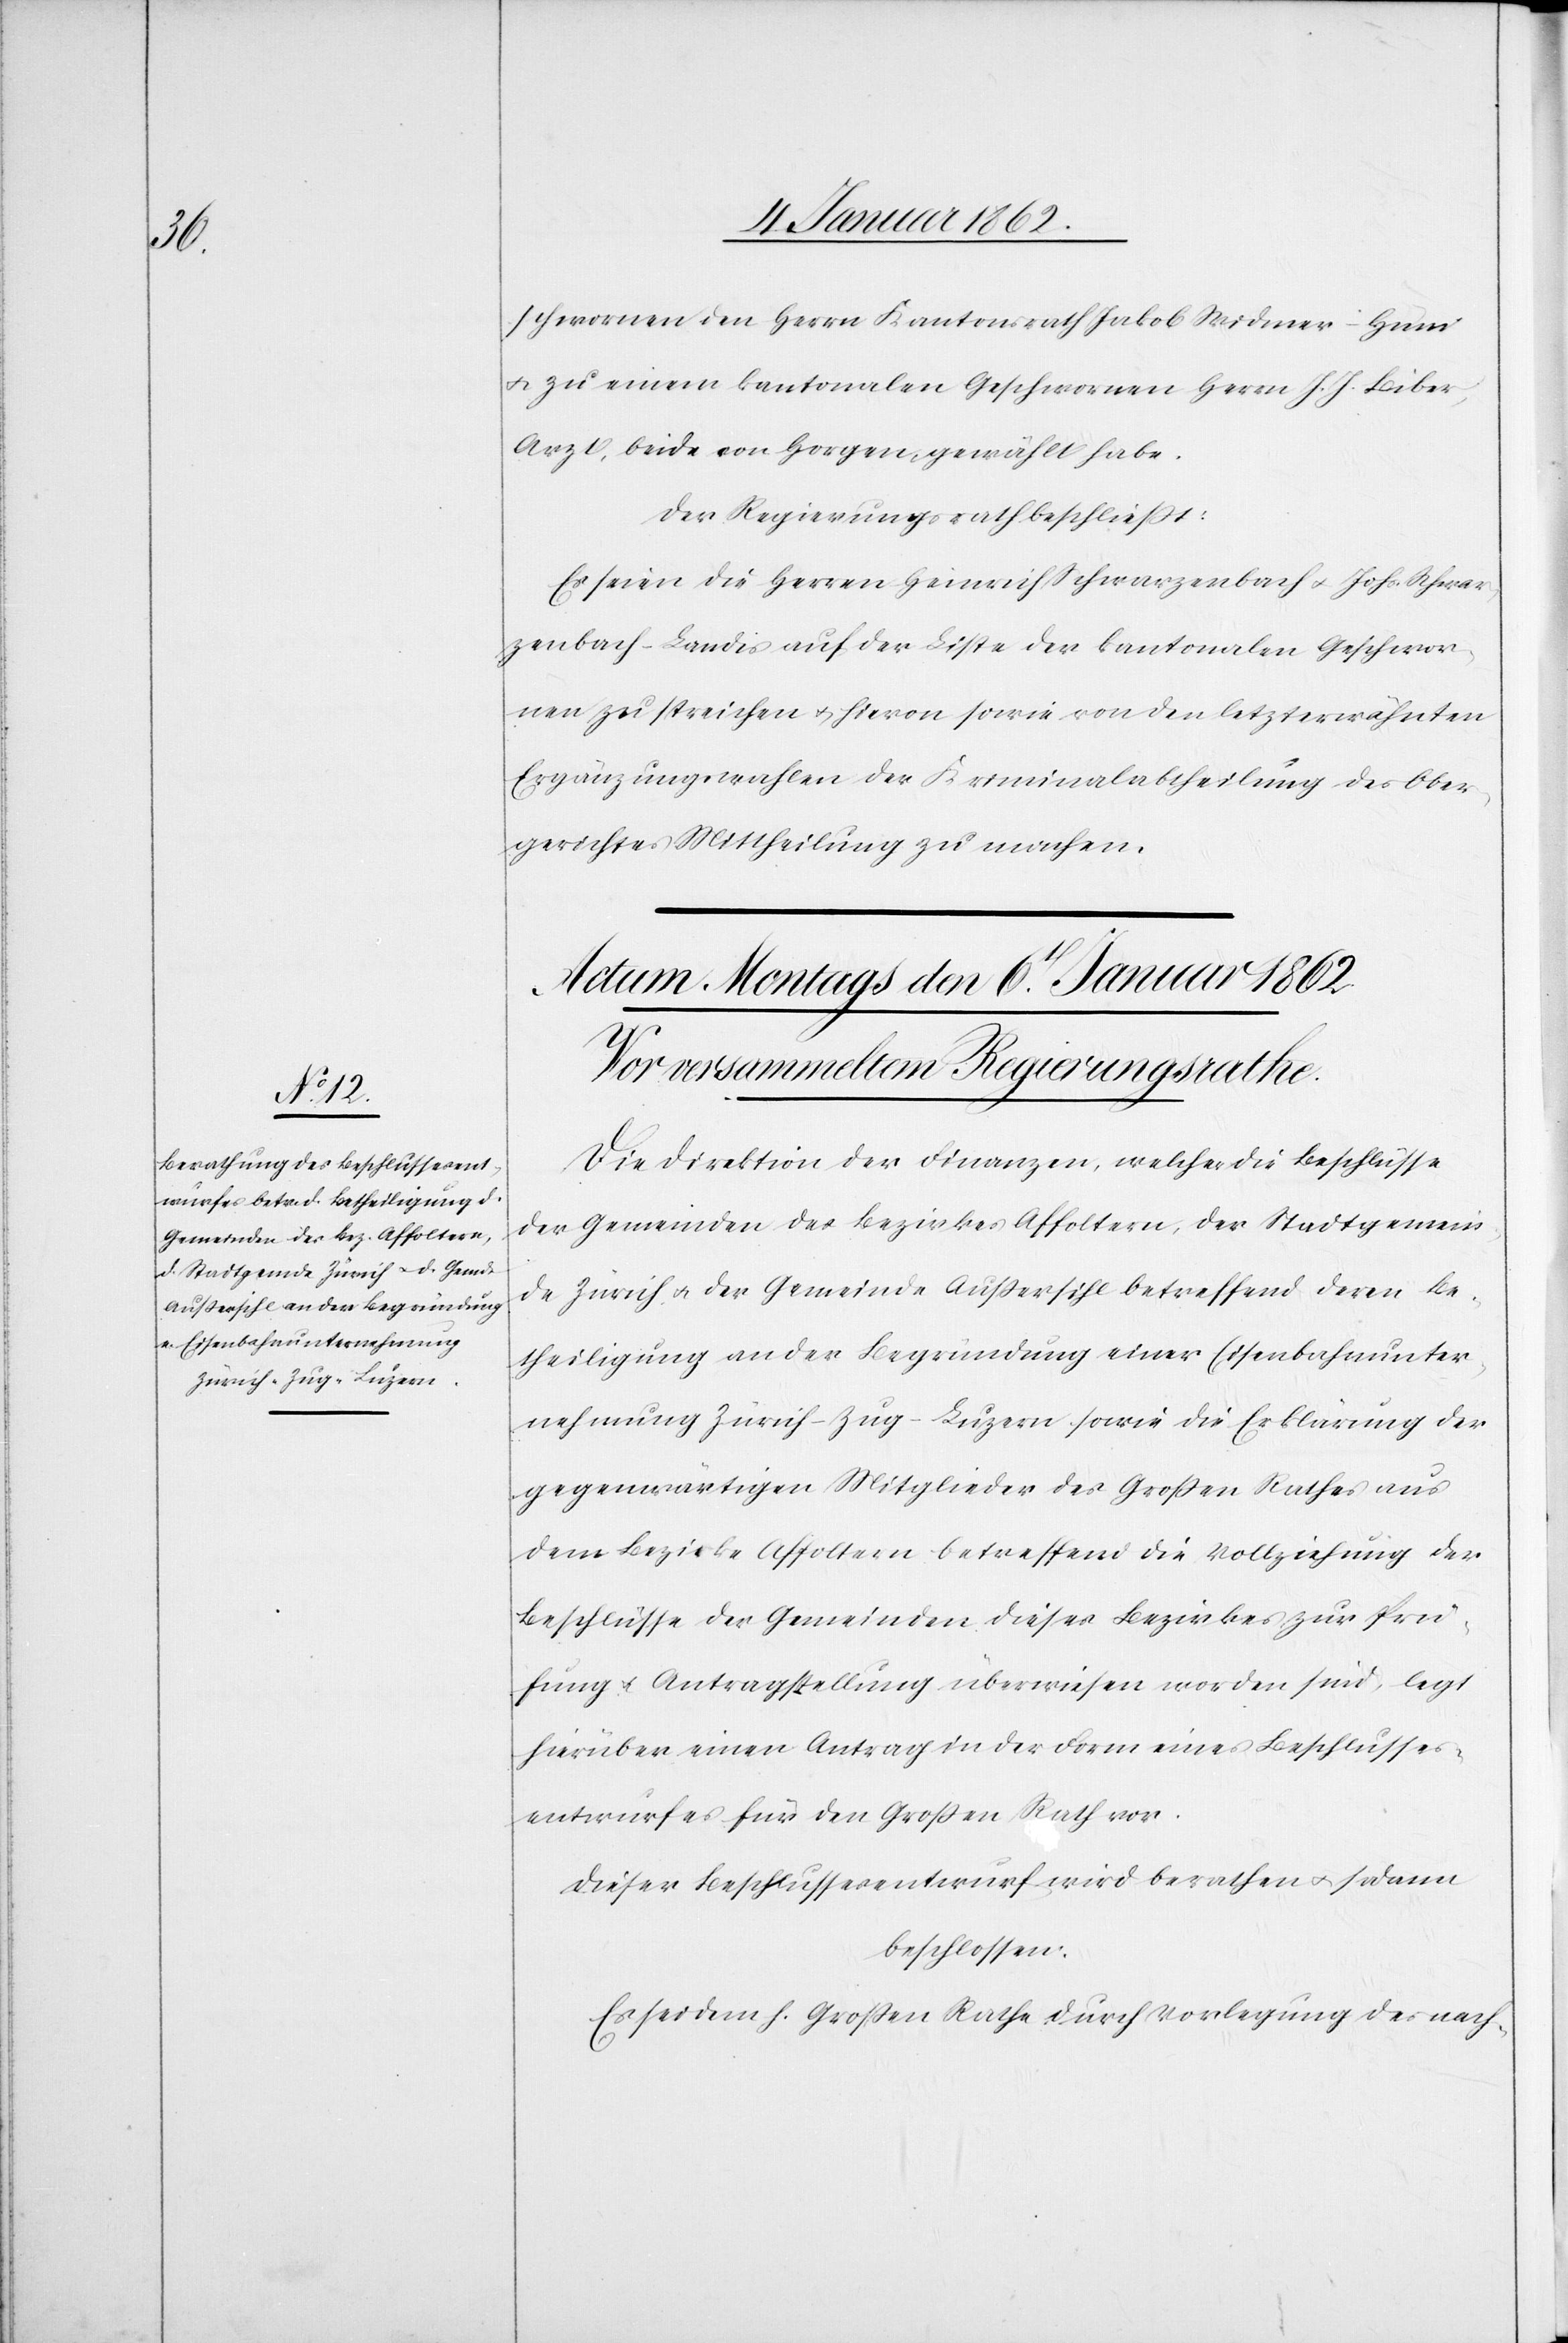
schwornen Herrn Kantonsrath Jakob Widmer-Hum
u. zu einem kantonalen Geschwornen Herrn J. J. Biber,
Arzt, beide von Horgen, gewählt habe.
Der Regierungsrath beschließt:
Es seien die Herren Heinrich Schwarzenbach u. Johs. Schwar¬
zenbach-Landis auf der Liste der kantonalen Geschwor¬
nen zu streichen u. hievon sowie von den letzterwähnten
Ergänzungswahlen der Kriminalabtheilung des Ober¬
gerichtes Mittheilung zu machen.
Die Direktion der Finanzen, welcher die Beschlüsse
der Gemeinden des Bezirkes Affoltern, der Stadtgemein¬
de Zürich u. der Gemeinde Außersihl betreffend deren Be¬
theiligung an der Begründung einer Eisenbahnunter¬
nehmung Zürich–Zug–Luzern sowie die Erklärung der
gegenwärtigen Mitglieder des Großen Rathes aus
dem Bezirke Affoltern betreffend die Vollziehung der
Beschlüsse der Gemeinden dieses Bezirkes zur Prü¬
fung u. Antragstellung überwiesen worden sind, legt
hierüber einen Antrag in der Form eines Beschlusses¬
entwurfes für den Großen Rath vor.
Dieser Beschlussesentwurf wird berathen u. sodann
beschlossen:
Es sei dem h. Großen Rathe durch Vorlegung des nach-